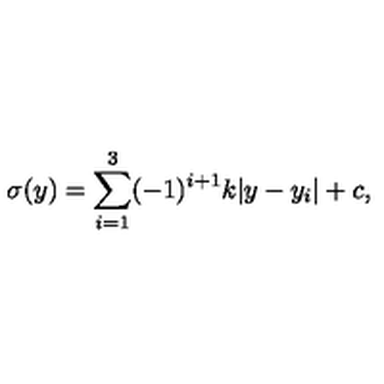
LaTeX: \sigma ( y ) = \sum _ { i = 1 } ^ { 3 } ( - 1 ) ^ { i + 1 } k | y - y _ { i } | + c , \,